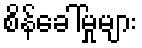
စိန်ခေါ်မှုများ